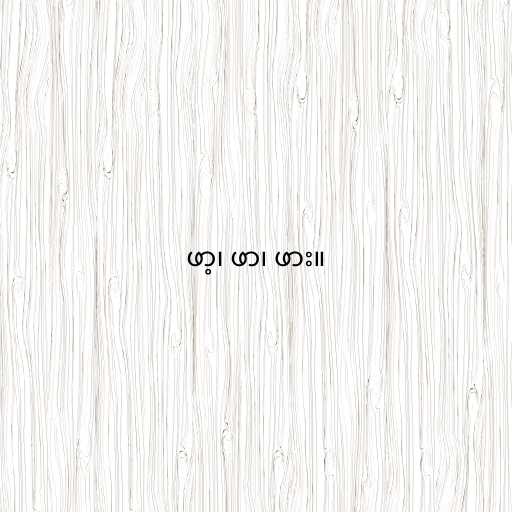
ဖာ့၊ ဖာ၊ ဖား။